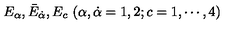
E _ { \alpha } , { \bar { E } } _ { \dot { \alpha } } , E _ { c } \ ( \alpha , \dot { \alpha } = 1 , 2 ; c = 1 , \cdots , 4 )